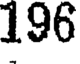
196